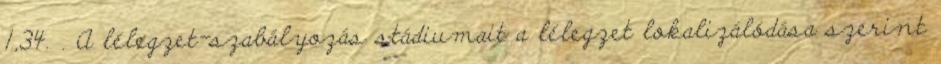
1,34. . A lélegzet-szabályozás stádiumait a lélegzet lokalizálódása szerint